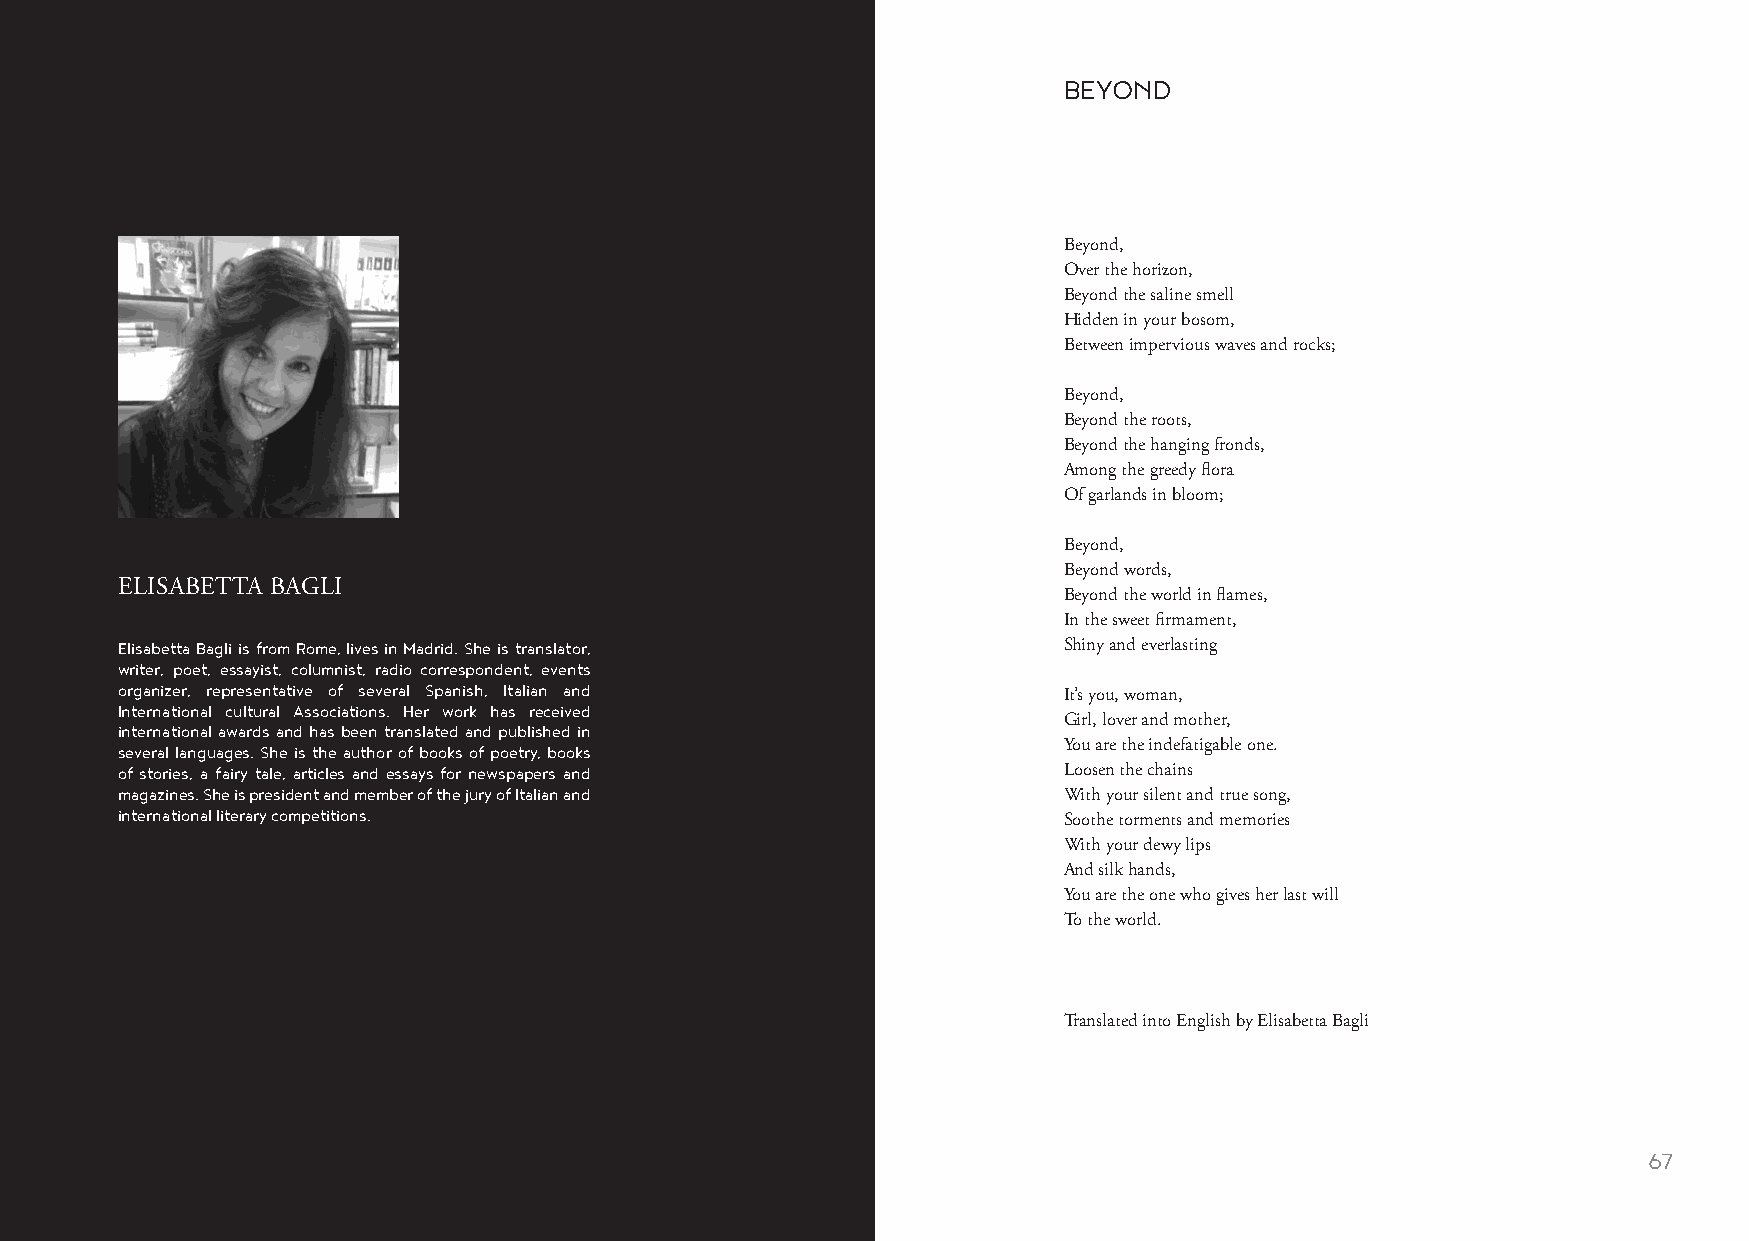
BEYOND
 Beyond,
 Over the horizon,
 Beyond the saline smell
 Hidden in your bosom,
 Between impervious waves and rocks;
 Beyond,
 Beyond the roots,
 Beyond the hanging fronds,
 Among the greedy flora
 Of garlands in bloom;
 Beyond,
 Beyond words,
 ELISABETTA BAGLI
 Beyond the world in flames,
 In the sweet firmament,
 Elisabetta Bagli is from Rome, lives in Madrid. She is translator, Shiny and everlasting
 writer, poet, essayist, columnist, radio correspondent, events
 organizer, representative of several Spanish, Italian and
 It’s you, woman,
 International cultural Associations. Her work has received
 Girl, lover and mother,
 international awards and has been translated and published in
 several languages. She is the author of books of poetry, books You are the indefatigable one.
 of stories, a fairy tale, articles and essays for newspapers and Loosen the chains
 magazines. She is president and member of the jury of Italian and With your silent and true song,
 international literary competitions.
 Soothe torments and memories
 With your dewy lips
 And silk hands,
 You are the one who gives her last will
 To the world.
 Translated into English by Elisabetta Bagli
 66                                                                                                      67